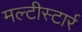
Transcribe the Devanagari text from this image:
मल्टीस्टार्र